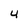
Character: 4